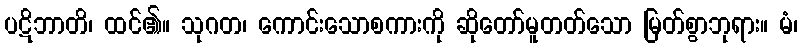
ပဋိဘာတိ၊ ထင်၏။ သုဂတ၊ ကောင်းသောစကားကို ဆိုတော်မူတတ်သော မြတ်စွာဘုရား။ မံ၊